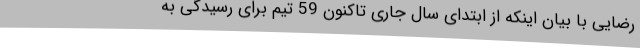
رضایی با بیان اینکه از ابتدای سال جاری تاکنون 59 تیم برای رسیدگی به